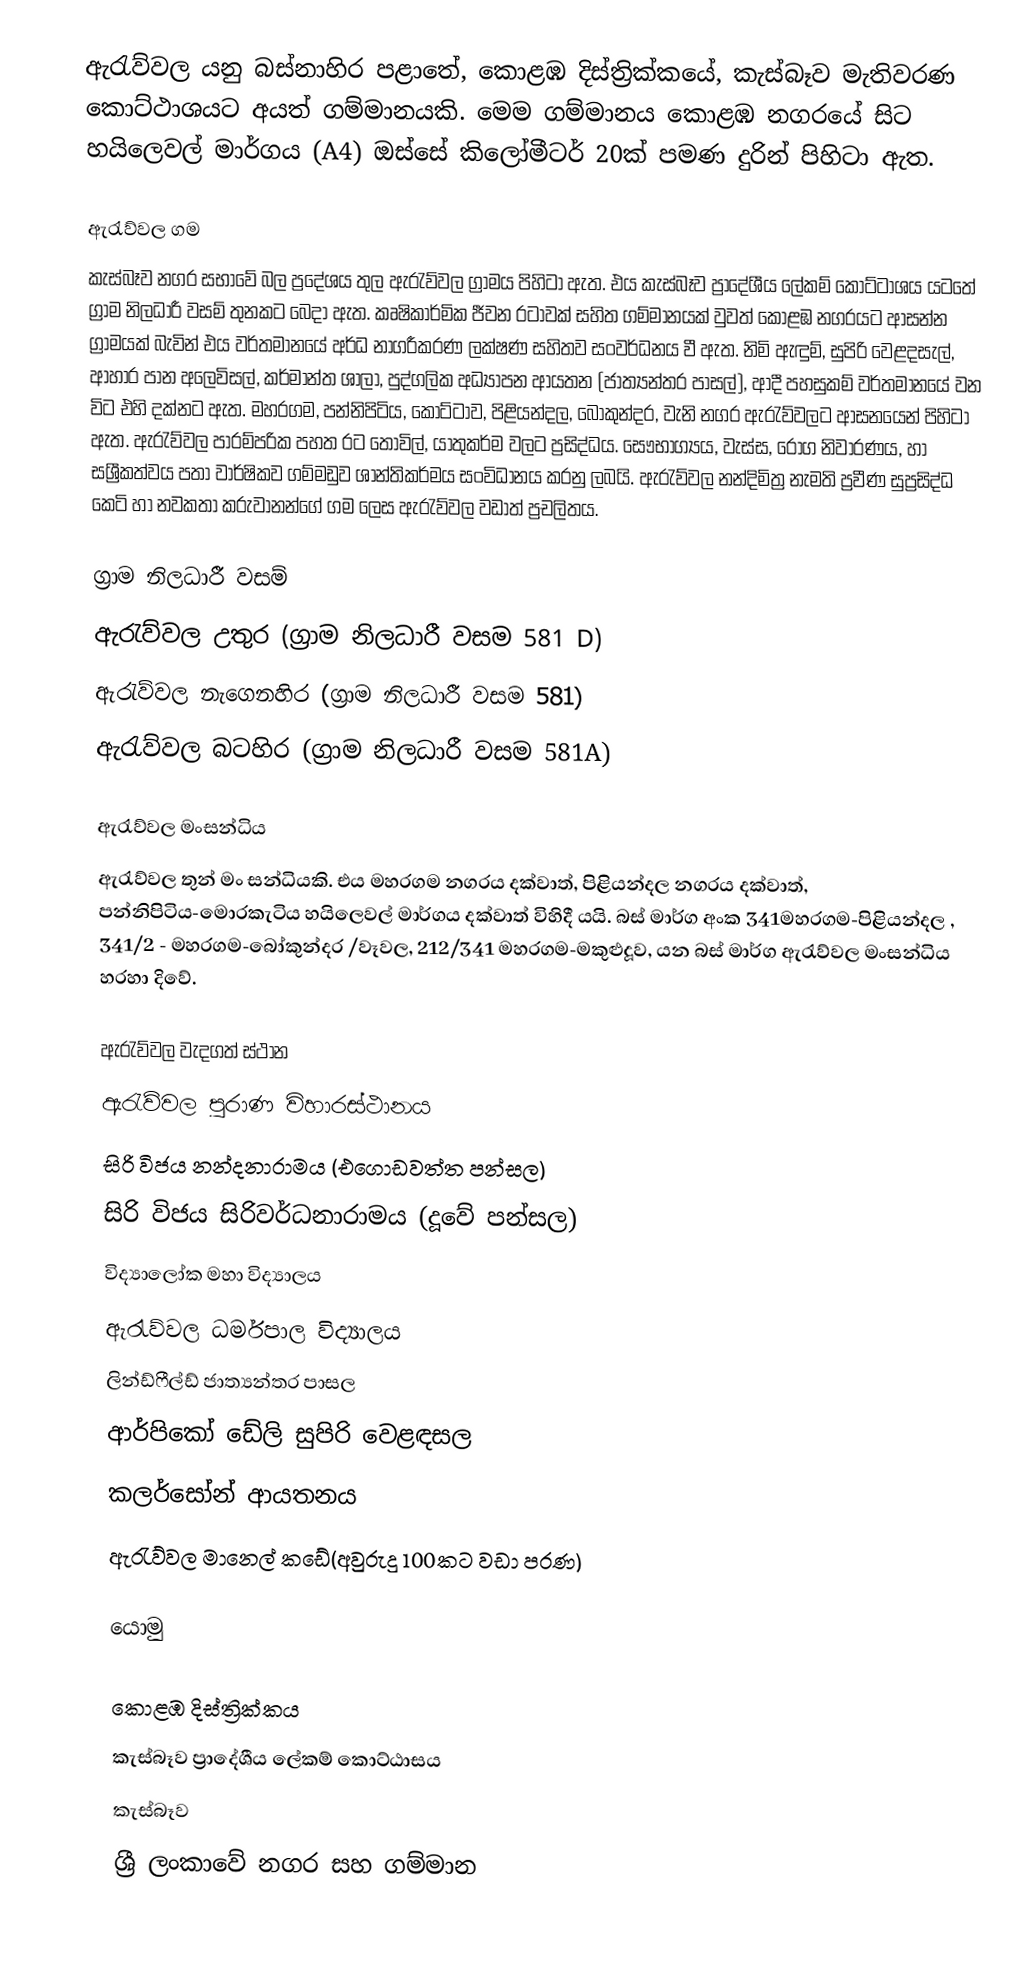
ඇරැව්වල යනු බස්නාහිර පළාතේ, කොළඹ දිස්ත්‍රික්කයේ, කැස්බෑව මැතිවරණ කොට්ථාශයට අයත් ගම්මානයකි. මෙම ගම්මානය කොළඹ නගරයේ සිට හයිලෙවල් මාර්ගය (A4) ඔස්සේ කිලෝමීටර් 20ක් පමණ දුරින් පිහිටා ඇත.

ඇරැව්වල ගම
කැස්බෑව නගර සභාවේ බල ප්‍රදේශය තුල ඇරැව්වල ග්‍රාමය පිහිටා ඇත. එය කැස්බෑව ප්‍රාදේශීය ලේකම් කොට්ටාශය යටතේ ග්‍රාම නිලධාරී වසම් තුනකට බෙදා ඇත. කෘෂිකාර්මික ජීවන රටාවක් සහිත ගම්මානයක් වුවත් කොළඹ නගරයට ආසන්න ග්‍රාමයක් බැවින් එය වර්තමානයේ අර්ධ නාගරීකරණ ලක්ෂණ සහිතව සංවර්ධනය වී ඇත. නිමි ඇඳුම්, සුපිරි වෙළදසැල්, ආහාර පාන අලෙවිසල්, කර්මාන්ත ශාලා, පුද්ගලික අධ්‍යාපන ආයතන (ජාත්‍යන්තර පාසල්), ආදී පහසුකම් වර්තමානයේ වන විට එහි දක්නට ඇත. මහරගම, පන්නිපිටිය, කොට්ටාව, පිළියන්දල, බෝකුන්දර, වැනි නගර ඇරැව්වලට ආසනයෙන් පිහිටා ඇත. ඇරැව්වල පාරම්පරික පහත රට තොවිල්, යාතුකර්ම වලට ප්‍රසිද්ධය. සෞභාග්‍යය, වැස්ස, රෝග නිවාරණය, හා සශ්‍රීකත්වය පතා වාර්ෂිකව ගම්මඩුව ශාන්තිකර්මය සංවිධානය කරනු ලබයි.  ඇරැව්වල නන්දිමිත්‍ර නැමති ප්‍රවීණ සුප්‍රසිද්ධ කෙටි හා නවකතා කරුවානන්ගේ ගම ලෙස ඇරැව්වල වඩාත් ප්‍රචලිතය.

ග්‍රාම නිලධාරී වසම්
 ඇරැව්වල උතුර (ග්‍රාම නිලධාරී වසම 581 D)
 ඇරැව්වල නැගෙනහිර (ග්‍රාම නිලධාරී වසම 581)
 ඇරැව්වල බටහිර (ග්‍රාම නිලධාරී වසම 581A)

ඇරැව්වල මංසන්ධිය
ඇරැව්වල තුන් මං සන්ධියකි. එය මහරගම නගරය දක්වාත්, පිළියන්දල නගරය දක්වාත්, පන්නිපිටිය-මොරකැටිය හයිලෙවල් මාර්ගය දක්වාත් විහිදී යයි. බස් මාර්ග අංක 341මහරගම-පිළියන්දල , 341/2 - මහරගම-බෝකුන්දර /වෑවල, 212/341 මහරගම-මකුළුදූව, යන බස් මාර්ග ඇරැව්වල මංසන්ධිය හරහා දිවේ.

ඇරැව්වල වැදගත් ස්ථාන
 ඇරැව්වල පුරාණ විහාරස්ථානය
 සිරි විජය නන්දනාරාමය (එගොඩවත්ත පන්සල)
 සිරි විජය සිරිවර්ධනාරාමය (දූවේ පන්සල)
 විද්‍යාලෝක මහා විද්‍යාලය
 ඇරැව්වල ධර්මපාල විද්‍යාලය
 ලින්ඩ්ෆීල්ඩ් ජාත්‍යන්තර පාසල
 ආර්පිකෝ ඩේලි සුපිරි වෙළඳසල
 කලර්සෝන් ආයතනය
 ඇරැව්වල මානෙල් කඩේ(අවුරුදු 100කට වඩා පරණ)

යොමු

කොළඹ දිස්ත්‍රික්කය
කැස්බෑව ප්‍රාදේශීය ලේකම් කොට්ඨාසය
කැස්බෑව
ශ්‍රී ලංකාවේ නගර සහ ගම්මාන